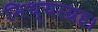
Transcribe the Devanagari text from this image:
मिथ्याग्रह।